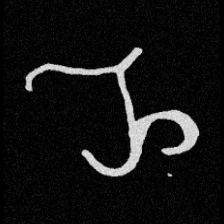
Pyu character \u2014 Myanmar letter: ည (romanized: nya)